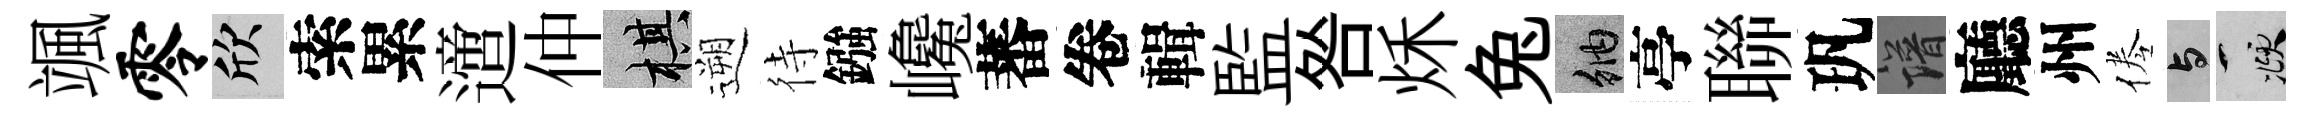
颯零欣索累𨗁仲棋遡待鏹巉蕃卷輯監咎秌兔納亭聯㺬譜廳州倦与頫